Calcutta medical institutions reports 1892-1900
Year: 1892
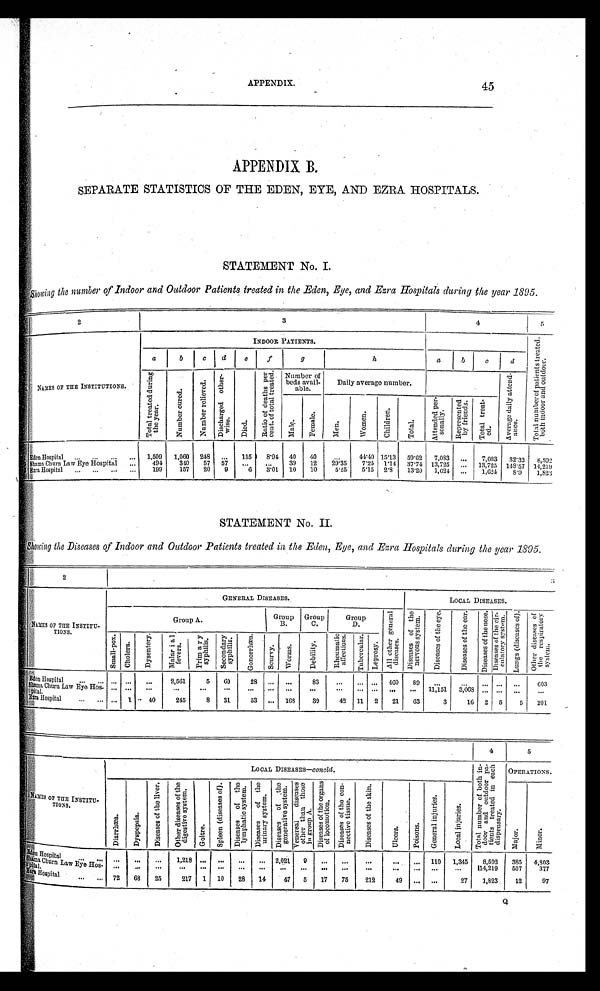
APPENDIX.
45
APPENDIX B.
SEPARATE STATISTICS OF THE EDEN, EYE, AND EZRA HOSPITALS.
STATEMENT No. I.
Showing the number of Indoor and Outdoor Patients treated in the Eden, Eye, and Ezra Hospitals during the year 1895.
2
3
4
5
NAMES OP THE INSTITUTIONS.
INDOOR PATIENTS.
T o t a l n u m b e r o f p a t i e n t s t r e a t e d ,
b o t h i n d o o r a n d o u t d o o r .
a
b
c
d
e
f
9
h
a
b
c
d
T o t a l t r e a t e d d u r i n g
t h e y e a r .
N u m b e r c u r e d .
N u m b e r r e l i e v e d .
Di s c h a r g e d o t h e r -
wise.
D i e d .
R a t i o o f d e a t h s p e r
c e n t . o f t o t a l t r e a t e d .
Number of
beds avail-
able.
Daily average number.
A v e r a g e d a i l y a t t e n d -
a n c e .
M a l e .
F e m a l e .
M e n .
W o m e n .
C h i l d r e n .
T o t a l .
A t t e n d e d p e r -
s o n a l l y .
R e p r e s e n t e d
b y f r i e n d s .
T o t a l t r e a t -
e d .
Eden Hospital . . .
1,509
1,060 248
. . .
135
8.94 40
40
. . .
44.49 15.13 59.62
7,083
. . .
7,083
32.32 8,592
S h a m a C h u r n L a w E y e H o s p i t a l . . .
494
340
57 57
. . .
. . .
39
12
29.35
7.25 1.14 37.74 13,725
. . .
13,725 148.57 14,219
Ezra Hospital
. . .
199
157
20
9
6
3.01 10
10
5.25
5.15
2.8
13.20
1,624
. . .
1,624
8 . 9 1,823
STATEMENT No. II.
Showing the Diseases of Indoor and Outdoor Patients treated in the Eden, Eye, and Ezra Hospitals during the year 1895.
2
3
N A M E S O F T H E I N S T I T U -
TIONS
.
GENERAL DISEASES.
LOCAL DISEASES,
Group A.
Group
B .
Group
C.
Group
D.
Al l ot her gener al
di seases.
Di seases of the
nervous system.
D i s e a s e s o f t h e e y e .
D i s e a s e s o f t h e e a r .
D i s e a s e s o f t h e n o s e .
D i s e a s e s o f t h e c i r -
c u l a t o r y s y s t e m .
L u n g s ( d i s c a s e s o f ) .
O t h e r d i s e a s e s o f
t h e r e s p i r a t o r y
s y s t e m .
S m a l l - p o x .
C h o l e r a .
D y s e n t e r y .
M a l a r i a l
f e v e r s .
P r i m a r y
s y p h i l i s .
S e c o n d a r y
s y p h i l i s .
G o n o r r h æ a .
S c u r v y .
W o r m s .
D e b i l i t y .
R h e u m a t i c
a f f e c t i o n s .
T u b e r c u l a r .
L e p r o s y .
E d e n H o s p i t a l . . .
. . .
. . .
. . .
2,561
5
60
28
. . .
. . .
83
. . .
. . .
. . .
460
89
. . .
. . .
. . .
. . .
. . .
603
Shama Churn Law Eye
Hos-pital.
. . .
. . .
. . .
. . .
. . .
. . .
.
. .
. . .
. . .
. . .
. . .
. . .
. . . . . .
. . . 11,151
3,068 . . .
. . .
. . .
. . .
Ezra Hospital
. . .
. . . 1
40
245
8
31
53
. . . 168
39
42 11 2
21
63
3
16 2 5
5
201
4
5
NAMES OF THE INSTITU
-
TION S .
LOCAL DISEASES—concld.
To t a l n u mb e r o f b o t h i n -
door and out door pa-
t i ent s t r eat ed i n each
di spensary.
OPERATIONS.
D i a r r h æ a .
D y s p e p s i a .
D i s e a s e s o f t h e l i v e r .
O t h e r d i s e a s e s o f t h e
d i g e s t i v e s y s t e m .
G o i t r e .
S p l e e n ( d i s e a s e s o f ) .
D i s e a s e s o f t h e
l y m p h a t i c s y s t e m .
D i s e a s e s o f t h e
u r i n a r y s y s t e m .
Diseases of the
generati ve system.
Vener eal di seases
ot her t han t hose
i n group A.
D i s e a s e s o f t h e o r g a n s
o f l o c o mo t i o n .
D i s e a s e s o f t h e c o n -
n e c t i v e t i s s u e .
D i s e a s e s o f t h e s k i n .
U l c e r s .
P o i s o n s .
G e n e r a l i n j u r i e s .
L o c a l i n j u r i e s .
M a j o r .
M i n o r .
Eden Hospital
. . .
. . .
. . .
1,218
. . .
. . .
. . .
. . .
2,021
9
. . . . . .
. . .
. . . . . . 110 1,345
8,592
385
4,803
S h a ma C h u r n L a w E y e H o s - p i t a l . . .
. . .
. . .
. . . . . .
. . .
. . .
. . .
. . .
. . .
. . . . . . . . .
. . .
. . .
. . .
. . .
. . .
114,219
507
377
Ezra Hospital.
72
68
25
217 1 10
28
14
47
5
17
75
212
49
. . .
. . .
27
1,823
12
97